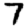
Digit: 7